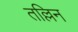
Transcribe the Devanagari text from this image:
तल्लिन